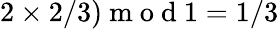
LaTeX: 2\times 2/3)\mathrm{~m~o~d~}1=1/3